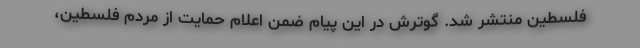
فلسطین منتشر شد. گوترش در این پیام ضمن اعلام حمایت از مردم فلسطین،